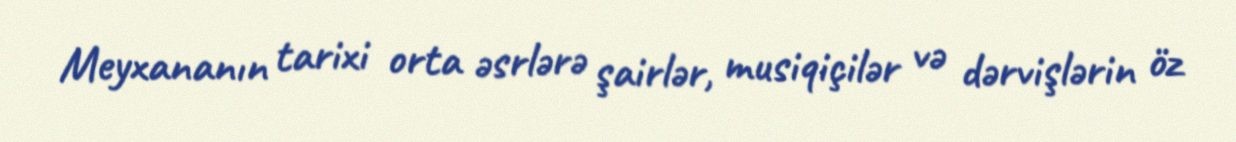
Meyxananın tarixi orta əsrlərə şairlər, musiqiçilər və dərvişlərin öz